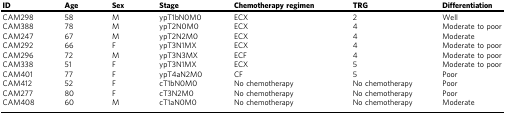
<table><thead><tr><td><b>ID</b></td><td><b>Age</b></td><td><b>Sex</b></td><td><b>Stage</b></td><td><b>Chemotherapy regimen</b></td><td><b>TRG</b></td><td><b>Differentiation</b></td></tr></thead><tbody><tr><td>CAM298</td><td>58</td><td>M</td><td>ypT1bN0M0</td><td>ECX</td><td>2</td><td>Well</td></tr><tr><td>CAM388</td><td>78</td><td>M</td><td>ypT2N0M0</td><td>ECX</td><td>4</td><td>Moderate to poor</td></tr><tr><td>CAM247</td><td>67</td><td>M</td><td>ypT2N2M0</td><td>ECX</td><td>4</td><td>Moderate</td></tr><tr><td>CAM292</td><td>66</td><td>F</td><td>ypT3N1MX</td><td>ECX</td><td>4</td><td>Moderate to poor</td></tr><tr><td>CAM296</td><td>72</td><td>M</td><td>ypT3N3MX</td><td>ECF</td><td>4</td><td>Moderate to poor</td></tr><tr><td>CAM338</td><td>51</td><td>F</td><td>ypT3N1MX</td><td>ECX</td><td>5</td><td>Moderate to poor</td></tr><tr><td>CAM401</td><td>77</td><td>F</td><td>ypT4aN2M0</td><td>CF</td><td>5</td><td>Poor</td></tr><tr><td>CAM412</td><td>52</td><td>F</td><td>cT1bN0M0</td><td>No chemotherapy</td><td>No chemotherapy</td><td>Poor</td></tr><tr><td>CAM277</td><td>80</td><td>F</td><td>cT3N2M0</td><td>No chemotherapy</td><td>No chemotherapy</td><td>Poor</td></tr><tr><td>CAM408</td><td>60</td><td>M</td><td>cT1aN0M0</td><td>No chemotherapy</td><td>No chemotherapy</td><td>Moderate</td></tr></tbody></table>